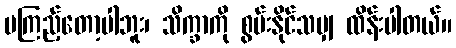
မကြည့်တော့ပါဘူး၊ သိက္ခာကို စွမ်းနိုင်သမျှ ထိန်းပါတယ်။